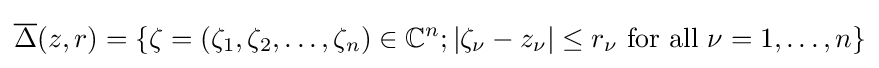
{\overline {\Delta }}(z,r)=\left\{\zeta =(\zeta _{1},\zeta _{2},\dots ,\zeta _{n})\in \mathbb {C} ^{n};\left|\zeta _{\nu }-z_{\nu }\right|\leq r_{\nu }{\text{ for all }}\nu =1,\dots ,n\right\}